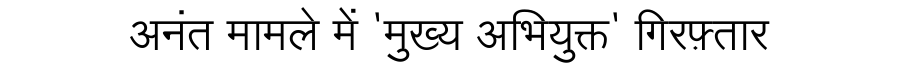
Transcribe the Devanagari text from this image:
अनंत मामले में 'मुख्य अभियुक्त' गिरफ़्तार